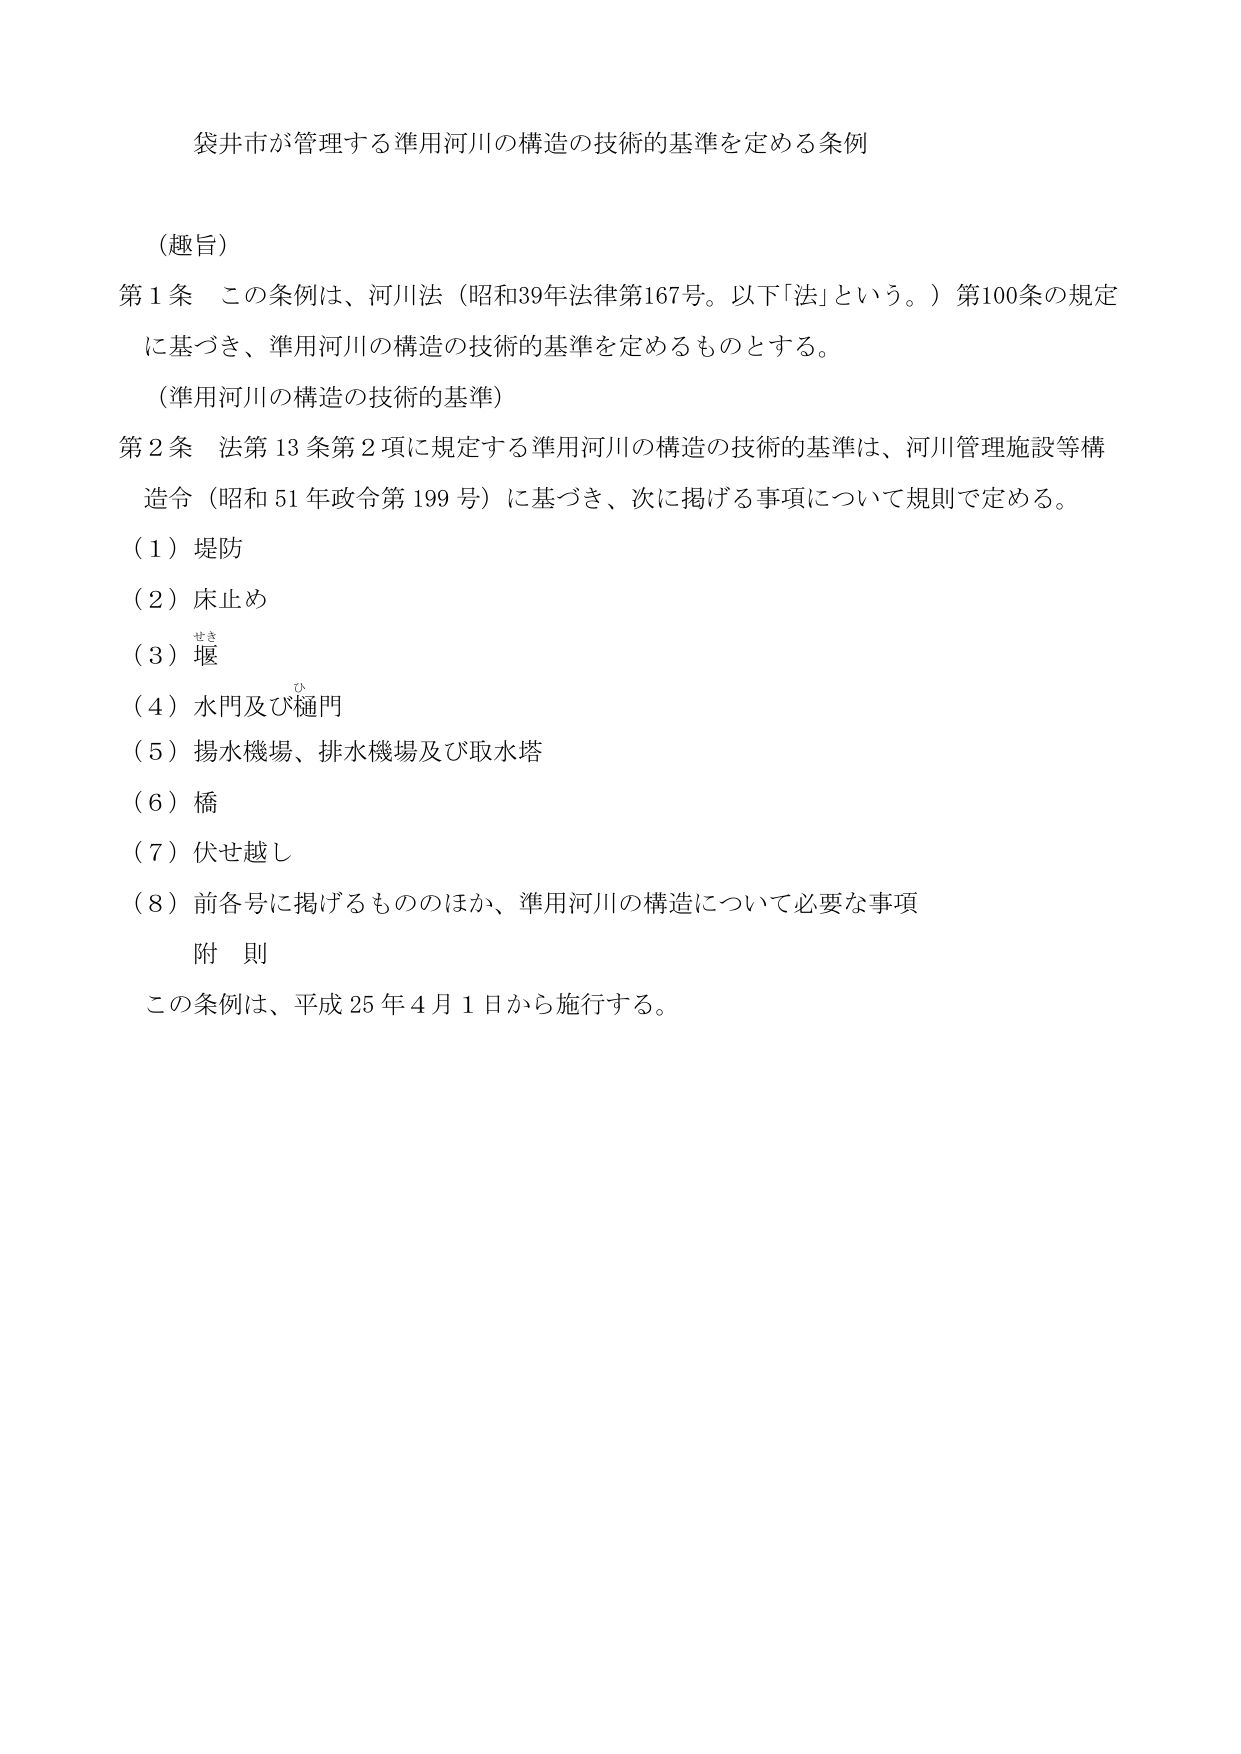
袋井市が管理する準用河川の構造の技術的基準を定める条例

（趣旨）
第１条　この条例は、河川法（昭和39年法律第167号。以下「法」という。）第100条の規定
に基づき、準用河川の構造の技術的基準を定めるものとする。

（準用河川の構造の技術的基準）
第２条　法第13条第2項に規定する準用河川の構造の技術的基準は、河川管理施設等構
造令（昭和51年政令第199号）に基づき、次に掲げる事項について規則で定める。
（１）堤防
（２）床止め
（３）堰
（４）水門及び樋門
（５）揚水機場、排水機場及び取水塔
（６）橋
（７）伏せ越し
（８）前各号に掲げるもののほか、準用河川の構造について必要な事項

附則
この条例は、平成25年４月１日から施行する。